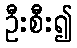
ဦးစီး၍